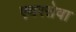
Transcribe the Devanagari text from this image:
एयरसेवा